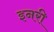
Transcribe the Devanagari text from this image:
इनरी